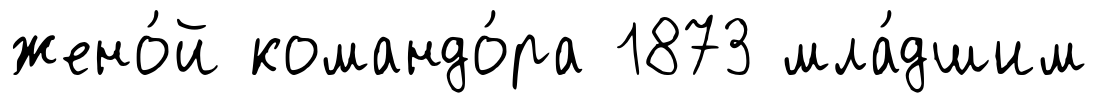
жено́й командо́ра 1873 мла́дшим